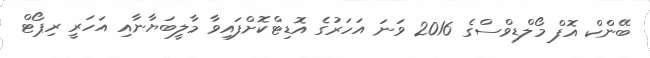
ބޭންކް އޮފް މޯލްޑިވްސްގެ 2016 ވަނަ އަހަރުގެ އޮޑިޓްކޮށްފައިވާ މާލީބަޔާނާއި އަހަރީ ރިޕޯޓް